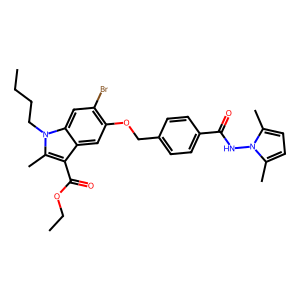
SMILES: CCCCn1c(C)c(C(=O)OCC)c2cc(OCc3ccc(C(=O)Nn4c(C)ccc4C)cc3)c(Br)cc21
Inhibits HIV replication: No